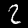
Label: 2